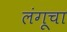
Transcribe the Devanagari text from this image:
लंगूचा